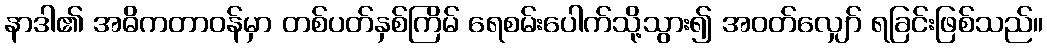
နာဒါ၏ အဓိကတာဝန်မှာ တစ်ပတ်နှစ်ကြိမ် ရေစမ်းပေါက်သို့သွား၍ အဝတ်လျှော် ရခြင်းဖြစ်သည်။